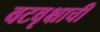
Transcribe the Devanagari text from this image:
वटवृक्षाची